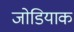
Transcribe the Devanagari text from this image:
जोडियाक